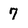
Character: 7